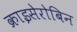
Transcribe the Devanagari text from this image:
क्राइसेरोबिन